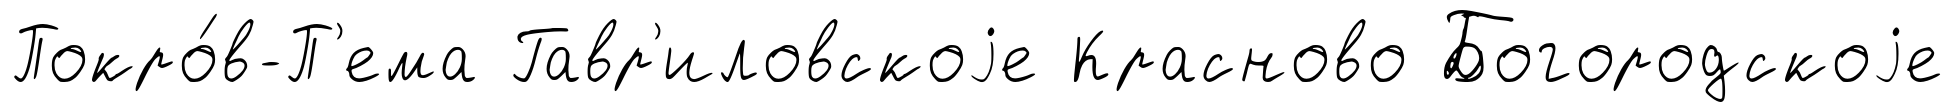
Покро́в-П'ема Гавр'иловскоjе Красново Богородскоjе